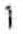
1